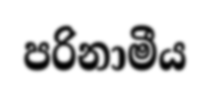
පරිනාමීය